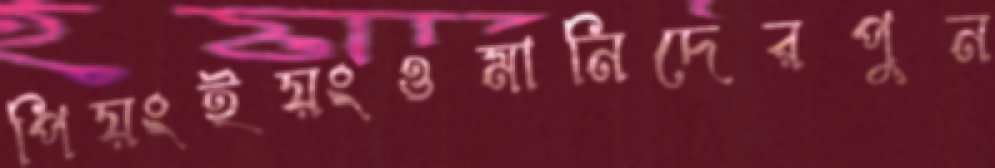
পিয়ংইয়ংওমানিদেরপুন